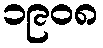
၁၉၀၈